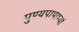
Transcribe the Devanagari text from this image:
पुण्यपापाभ्यां